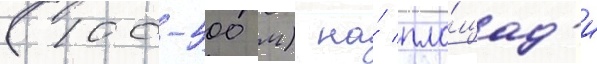
(100-500 м) на́ пло́щад'и